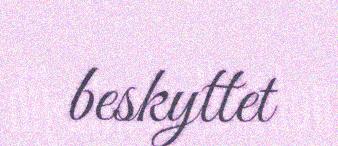
beskyttet